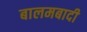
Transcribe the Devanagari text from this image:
बालमबादी